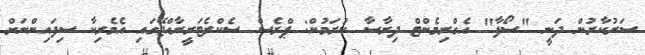
ސަރުކާރުން ދަނީ "ސޯފާ" އެގްރިމެންޓް ދިރާސާ ކުރަމުން: ޕްރެސް ސެކްރެޓަރީރާއްޖޭގައި އެމެރިކާ ސިފައިންނަށް